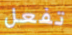
تفعل